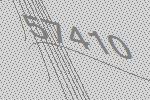
57410